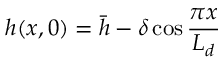
h ( x , 0 ) = \Bar { h } - \delta \cos { \frac { \pi x } { L _ { d } } }